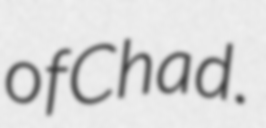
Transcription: of Chad.